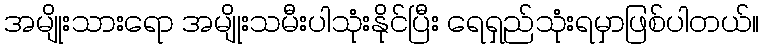
အမျိုးသားရော အမျိုးသမီးပါသုံးနိုင်ပြီး ရေရှည်သုံးရမှာဖြစ်ပါတယ်။